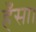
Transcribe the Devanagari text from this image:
हँसा।